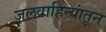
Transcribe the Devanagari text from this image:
जलवाहिन्यांतून